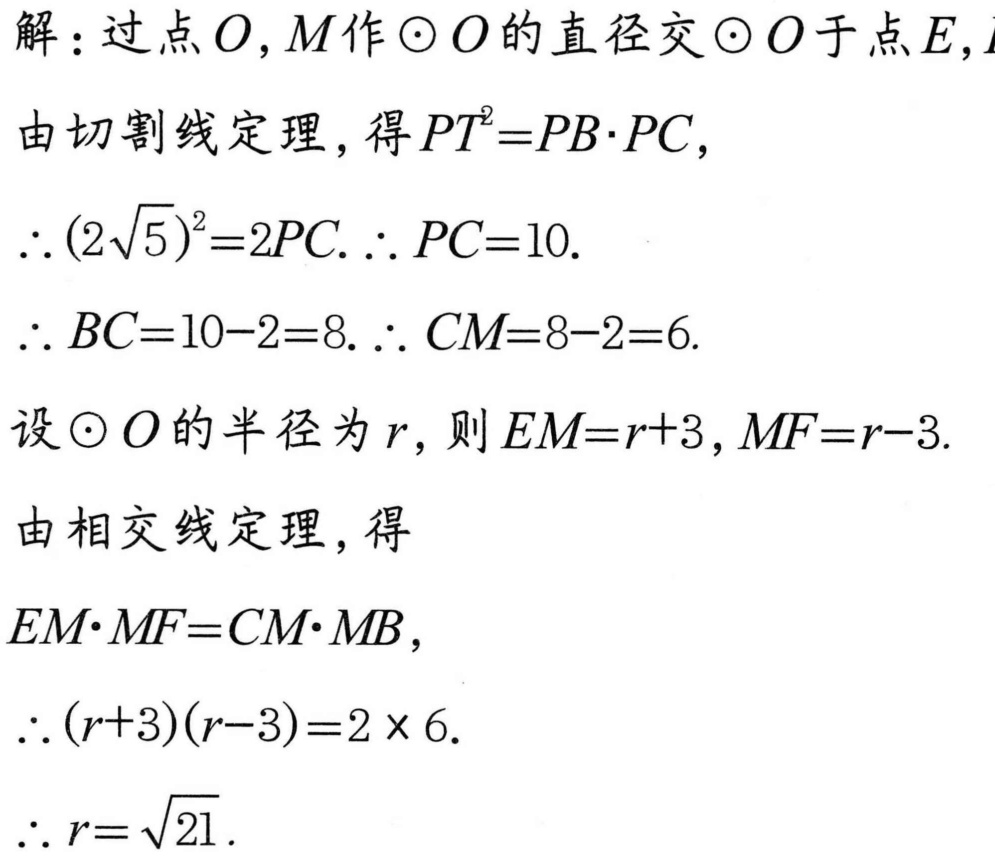
解：过点\(O,M\)作\(\odot O\)的直径交\(\odot O\)于点\(E\)，
由切割线定理，得\(PT^{2}=PB\cdot PC\)，
\(\therefore(2\sqrt{5})^{2}=2PC.\therefore PC = 10\).
\(\therefore BC=10 - 2 = 8.\therefore CM=8 - 2 = 6\).
设\(\odot O\)的半径为\(r\)，则\(EM=r + 3,MF=r - 3\).
由相交线定理，得
\(EM\cdot MF=CM\cdot MB\)，
\(\therefore(r + 3)(r - 3)=2\times6\).
\(\therefore r=\sqrt{21}\).